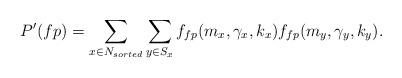
LaTeX: \begin{align*}P'(fp)=\sum_{x \in N_{sorted}} \sum_{y \in S_x} f_{fp}(m_{x},\gamma_{x},k_{x})f_{fp}(m_{y},\gamma_{y},k_{y}).\end{align*}